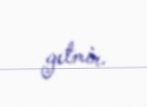
getmir.